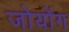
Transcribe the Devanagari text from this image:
जोयोंग